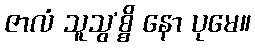
ဇာလံ သူသွ’စ္စိ နော ပုမေ။